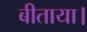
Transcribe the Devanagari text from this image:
बीताया।